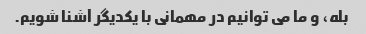
بله، و ما می توانیم در مهمانی با یکدیگر آشنا شویم.